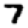
Digit: 7